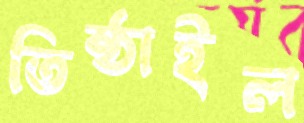
তিষ্ঠাইল